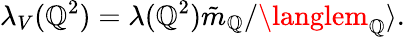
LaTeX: \lambda_{V}(\mathbb{Q}^{2})=\lambda(\mathbb{Q}^{2}){\tilde{{m}}_{\mathbb{Q}}}/{\langlem_{\mathbb{Q}}\rangle}.